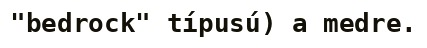
"bedrock" típusú) a medre.